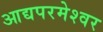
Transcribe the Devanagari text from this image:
आद्यपरमेश्वर